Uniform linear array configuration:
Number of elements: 32
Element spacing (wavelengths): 0.25
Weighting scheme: blackman
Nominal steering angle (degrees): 0
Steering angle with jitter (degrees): -1.99
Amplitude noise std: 0.05
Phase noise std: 0.05

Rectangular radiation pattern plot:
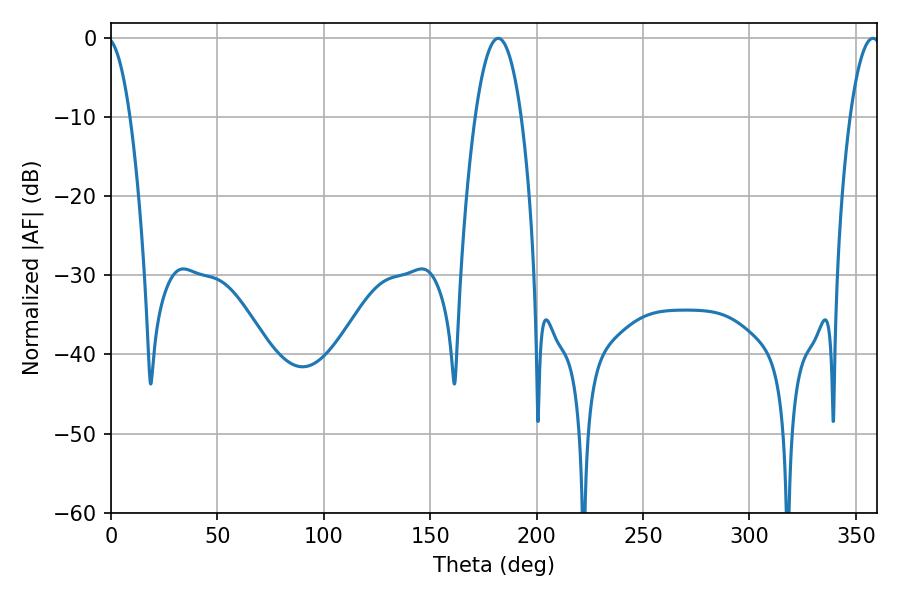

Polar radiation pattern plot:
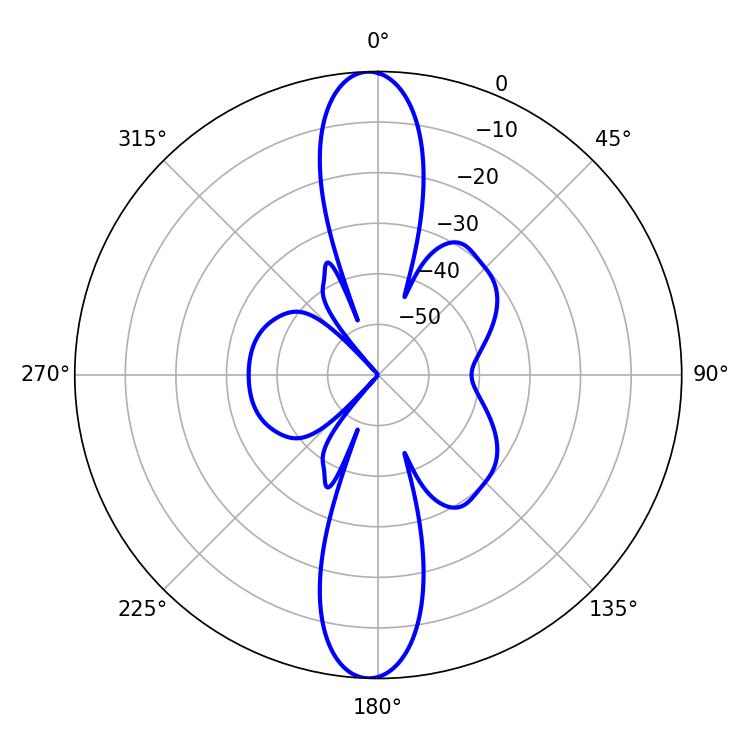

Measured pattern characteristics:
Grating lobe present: FALSE
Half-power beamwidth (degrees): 11.88
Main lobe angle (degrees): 181.98